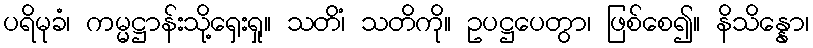
ပရိမုခံ၊ ကမ္မဋ္ဌာန်းသို့ရှေးရှု။ သတိံ၊ သတိကို။ ဥပဋ္ဌပေတွာ၊ ဖြစ်စေ၍။ နိသိန္နော၊